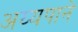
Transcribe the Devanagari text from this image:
अय्यपाने